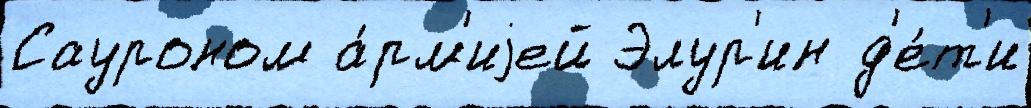
Сауроном а́рм'иjей Элур'ин д'е́т'и